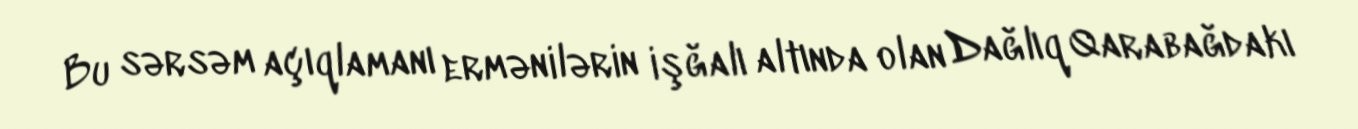
Bu sərsəm açıqlamanı ermənilərin işğalı altında olan Dağlıq Qarabağdakı